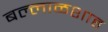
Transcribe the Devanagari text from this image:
बल्लाळशाह